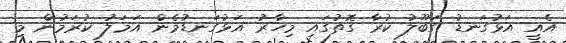
އެއީ އަޅުގަނޑު ގަބޫލު ކުރާ ގޮތުގައި މިހާރު އަޅުގަނޑުމެން އަމަލު ކުރަމުން މި